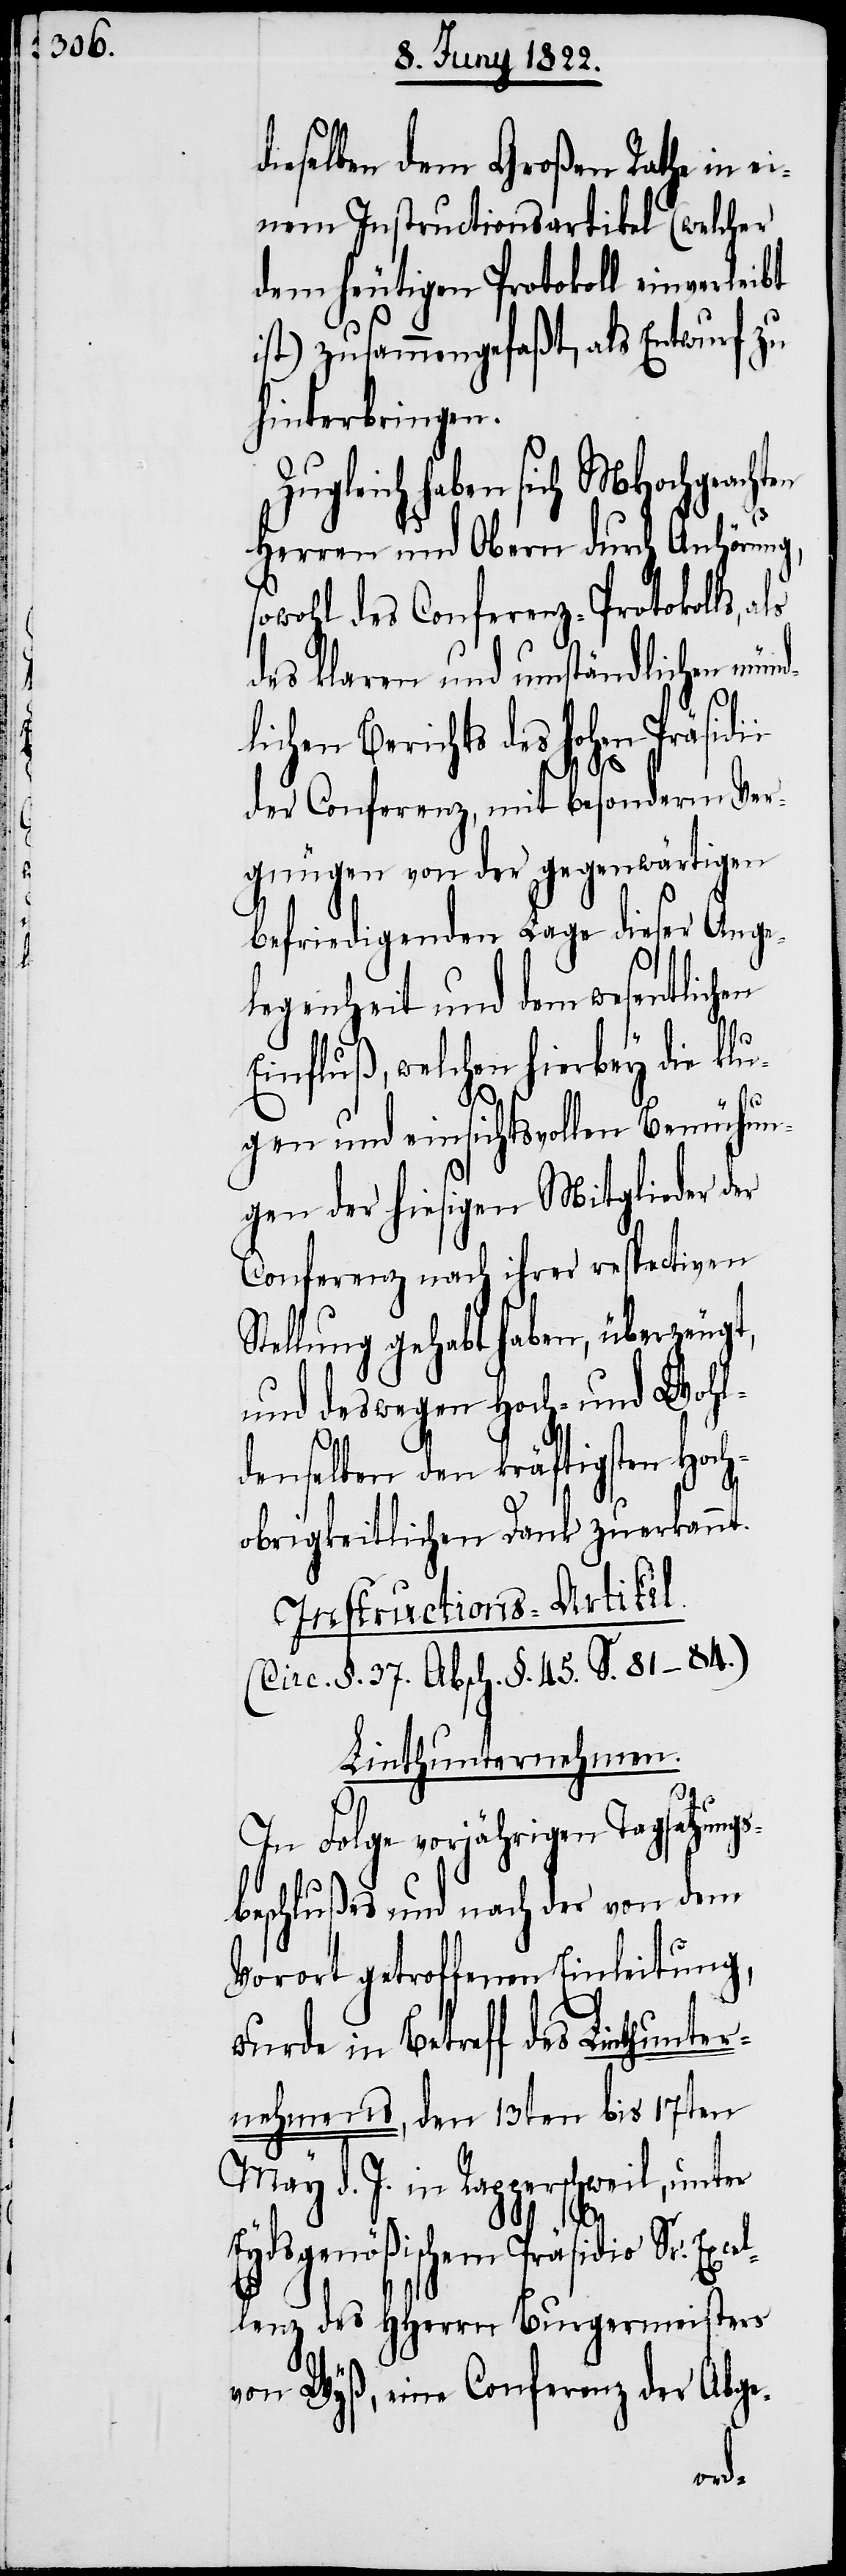
dieselben dem Großen Rathe in ei¬
nem Instructionsartikel (welcher
dem heutigen Protokoll einverleibt
ist) zusammengefaßt, als Entwurf zu
hinterbringen.
Zugleich haben sich MHochgeachten
Herren und Obern durch Anhörung,
wohl des Conferenz-Protokolls,
des klaren und umständlichen mün¬
lichen Berichts des hohen Präsidii
der Conferenz, mit besonderm Ver¬
gnügen von der gegenwärtigen
befriedigenden Lage dieser Ange¬
legenheit und dem wesentlichen
Einfluß, welchen hierbey die klu¬
gen und einsichtsvollen Bemühun¬
gen der hiesigen Mitglieder der
Conferenz nach ihrer respectiven
Stellung gehabt haben, überzeugt,
und deswegen Hoch- und Wohl¬
denselben den kräftigsten Hoch¬
obrigkeitlichen Dank zuerkannt.
Instructions-Artikel.
(Circ. §. 37. Absch. §. 45. S. 81–84.)
Linthunternehmen.
In Folge vorjährigen Tagsatzung¬
sbeschlußes und nach der von dem
Vorort getroffenen Einleitung
wurde in Betreff des Linthunter¬
nehmens, den 13ten bis 17ten
May d. J. in Rapperschweil, unter
cel¬
Eydsgenößischem Präsidio Sr. Ex¬
lenz des HHerrn Burgermeister
von Wyß, eine Conferenz der Abge-